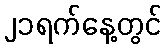
၂၁ရက်နေ့တွင်